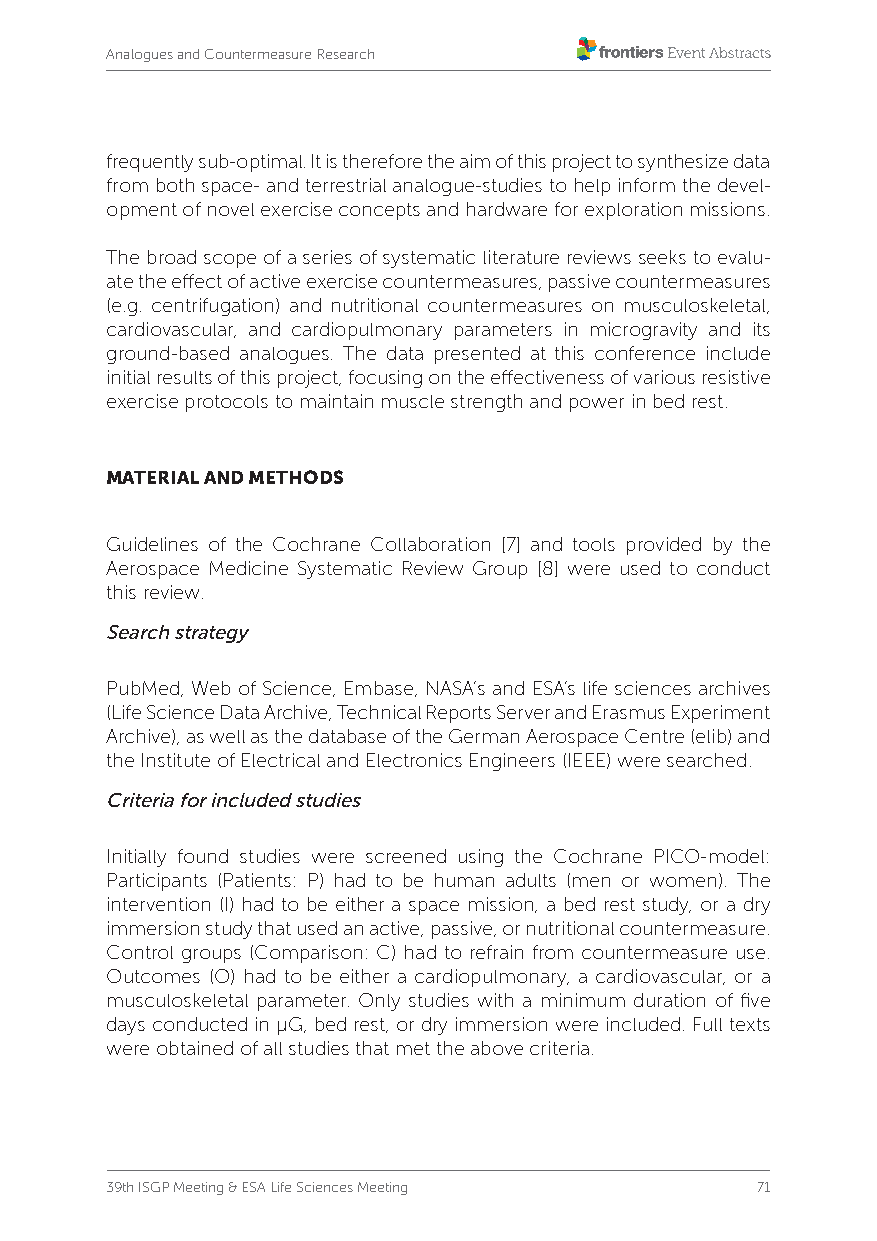
Analogues and Countermeasure Research
 frequently sub-optimal. It is therefore the aim of this project to synthesize data
 from both space- and terrestrial analogue-studies to help inform the devel-
 opment of novel exercise concepts and hardware for exploration missions.
 The broad scope of a series of systematic literature reviews seeks to evalu-
 ate the effect of active exercise countermeasures, passive countermeasures
 (e.g. centrifugation) and nutritional countermeasures on musculoskeletal,
 cardiovascular, and cardiopulmonary parameters in microgravity and its
 ground-based analogues. The data presented at this conference include
 initial results of this project, focusing on the effectiveness of various resistive
 exercise protocols to maintain muscle strength and power in bed rest.
 MATERIAL AND METHODS
 Guidelines of the Cochrane Collaboration [7] and tools provided by the
 Aerospace Medicine Systematic Review Group [8] were used to conduct
 this review.
 Search strategy
 PubMed, Web of Science, Embase, NASA’s and ESA’s life sciences archives
 (Life Science Data Archive, Technical Reports Server and Erasmus Experiment
 Archive), as well as the database of the German Aerospace Centre (elib) and
 the Institute of Electrical and Electronics Engineers (IEEE) were searched.
 Criteria for included studies
 Initially found studies were screened using the Cochrane PICO-model:
 Participants (Patients: P) had to be human adults (men or women). The
 intervention (I) had to be either a space mission, a bed rest study, or a dry
 immersion study that used an active, passive, or nutritional countermeasure.
 Control groups (Comparison: C) had to refrain from countermeasure use.
 Outcomes (O) had to be either a cardiopulmonary, a cardiovascular, or a
 musculoskeletal parameter. Only studies with a minimum duration of five
 days conducted in µG, bed rest, or dry immersion were included. Full texts
 were obtained of all studies that met the above criteria.
 39th ISGP Meeting & ESA Life Sciences Meeting 71